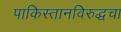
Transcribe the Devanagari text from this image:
पाकिस्तानविरुद्धचा